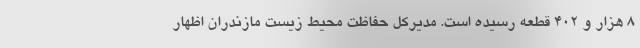
۸ هزار و ۴۰۲ قطعه رسیده است. مدیرکل حفاظت محیط زیست مازندران اظهار